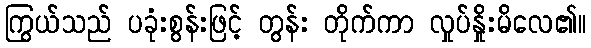
ကြွယ်သည် ပခုံးစွန်းဖြင့် တွန်း တိုက်ကာ လှုပ်နှိုးမိလေ၏။